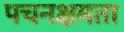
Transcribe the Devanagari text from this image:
पचनक्षमता